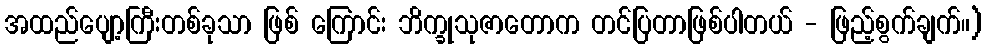
အထည်ပျော့ကြီးတစ်ခုသာ ဖြစ် ကြောင်း ဘိက္ခုသုဇာတောက တင်ပြတာဖြစ်ပါတယ် - ဖြည့်စွက်ချက်။)